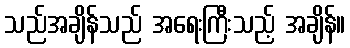
သည်အချိန်သည် အရေးကြီးသည့် အချိန်။